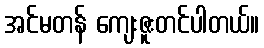
အင်မတန် ကျေးဇူးတင်ပါတယ်။